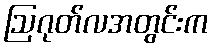
ဩဂုတ်လအတွင်းက